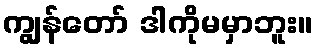
ကျွန်တော် ဒါကိုမမှာဘူး။